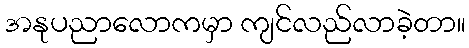
အနုပညာလောကမှာ ကျင်လည်လာခဲ့တာ။